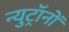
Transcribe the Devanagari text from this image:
न्युट्रॉनों